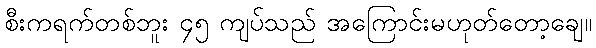
စီးကရက်တစ်ဘူး ၄၅ ကျပ်သည် အကြောင်းမဟုတ်တော့ချေ။